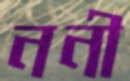
ননী